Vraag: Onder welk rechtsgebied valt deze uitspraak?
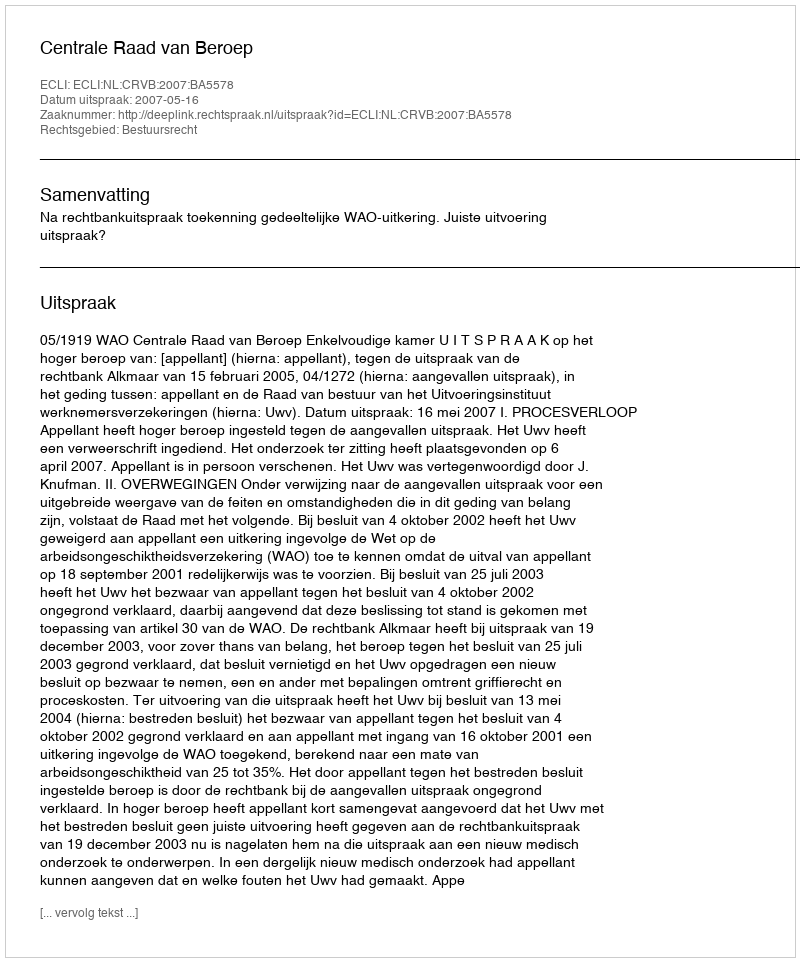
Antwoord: Bestuursrecht